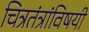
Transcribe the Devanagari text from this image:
चित्रतंत्रांविषयी